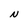
Character: N